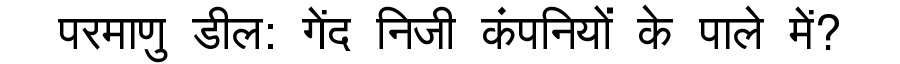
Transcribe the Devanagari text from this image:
परमाणु डील: गेंद निजी कंपनियों के पाले में?